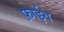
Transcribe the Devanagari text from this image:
फ़ाईव